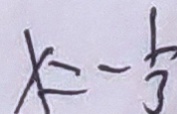
x = - \frac { 1 } { 3 }